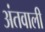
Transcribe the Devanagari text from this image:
अंतवाली